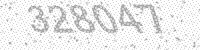
Solution: 328047